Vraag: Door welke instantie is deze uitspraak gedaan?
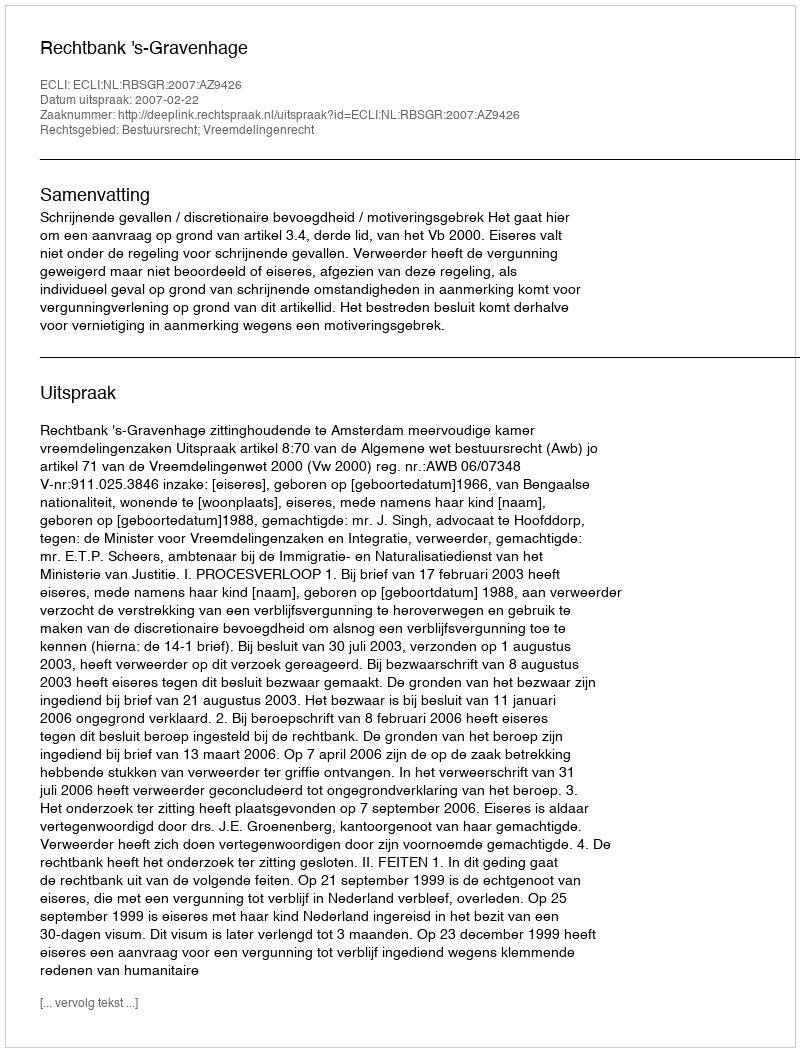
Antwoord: Rechtbank 's-Gravenhage